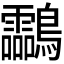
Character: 𪈝